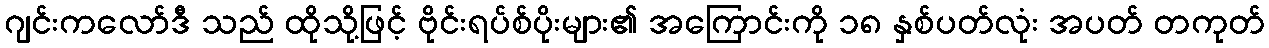
ဂျင်းကလော်ဒီ သည် ထိုသို့ဖြင့် ဗိုင်းရပ်စ်ပိုးများ၏ အကြောင်းကို ၁၈ နှစ်ပတ်လုံး အပတ် တကုတ်